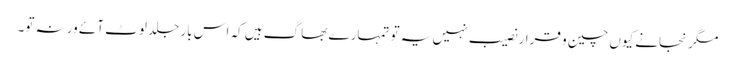
مگر نجانے کیوں چین و قرار نصیب نہیں یہ تو تمہارے بھاگ ہیں کہ اس بار جلد لوٹ آئے ورنہ تو۔